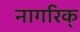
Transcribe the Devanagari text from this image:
नागरिक्